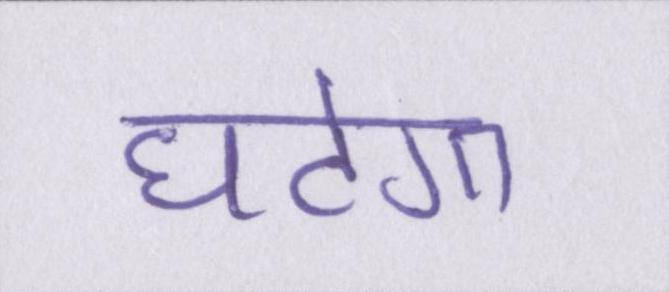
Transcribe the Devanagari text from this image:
घटेगा